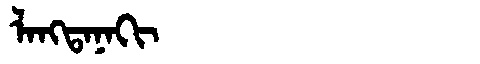
Manchu: ᠯᠠᠩᡨᠠᠨᠠᡴᡳ
Romanization: LANGTANAKI